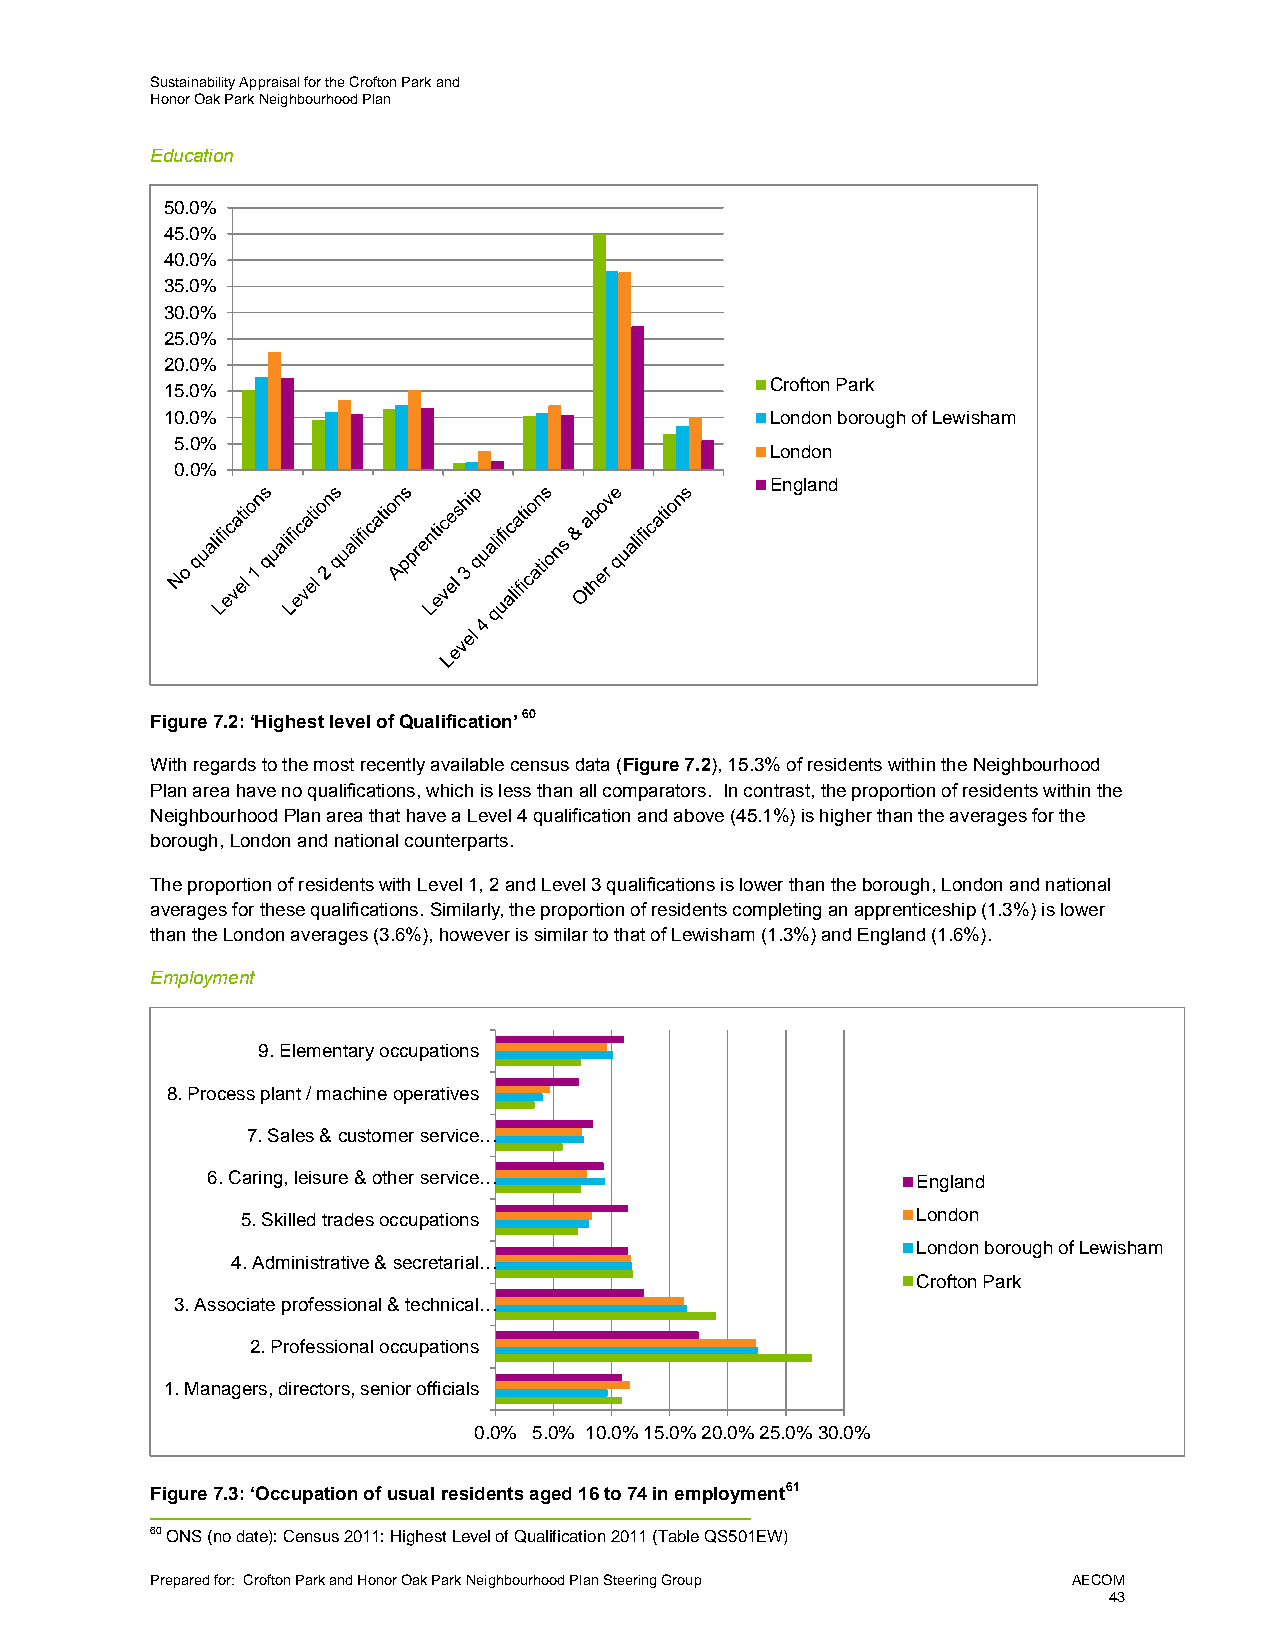
Sustainability Appraisal for the Crofton Park and
 Honor Oak Park Neighbourhood Plan
 Education
 50.0%
 45.0%
 40.0%
 35.0%
 30.0%
 25.0%
 20.0%
 15.0%                                   Crofton Park
 10.0%                                   London borough of Lewisham
 5.0%
 London
 0.0%
 England
 Figure 7.2: ‘Highest level of Qualification’ 60
 With regards to the most recently available census data (Figure 7.2), 15.3% of residents within the Neighbourhood
 Plan area have no qualifications, which is less than all comparators. In contrast, the proportion of residents within the
 Neighbourhood Plan area that have a Level 4 qualification and above (45.1%) is higher than the averages for the
 borough, London and national counterparts.
 The proportion of residents with Level 1, 2 and Level 3 qualifications is lower than the borough, London and national
 averages for these qualifications. Similarly, the proportion of residents completing an apprenticeship (1.3%) is lower
 than the London averages (3.6%), however is similar to that of Lewisham (1.3%) and England (1.6%).
 Employment
 9. Elementary occupations
 8. Process plant / machine operatives
 7. Sales & customer service…
 6. Caring, leisure & other service…            England
 5. Skilled trades occupations                London
 London borough of Lewisham
 4. Administrative & secretarial…
 Crofton Park
 3. Associate professional & technical…
 2. Professional occupations
 1. Managers, directors, senior officials
 0.0% 5.0% 10.0%15.0%20.0%25.0%30.0%
 Figure 7.3: ‘Occupation of usual residents aged 16 to 74 in employment61
 60 ONS (no date): Census 2011: Highest Level of Qualification 2011 (Table QS501EW)
 Prepared for: Crofton Park and Honor Oak Park Neighbourhood Plan Steering Group AECOM
 43